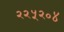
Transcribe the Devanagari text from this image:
२२५२०४